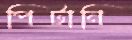
পিটানি